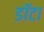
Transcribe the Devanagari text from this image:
डॉटा